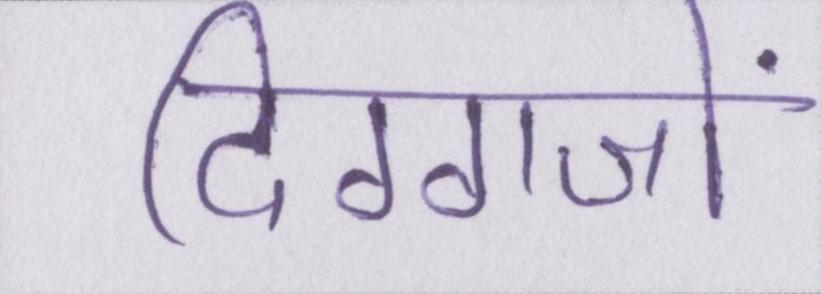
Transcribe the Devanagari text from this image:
दिग्गजों